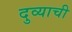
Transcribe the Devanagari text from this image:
दुव्याची